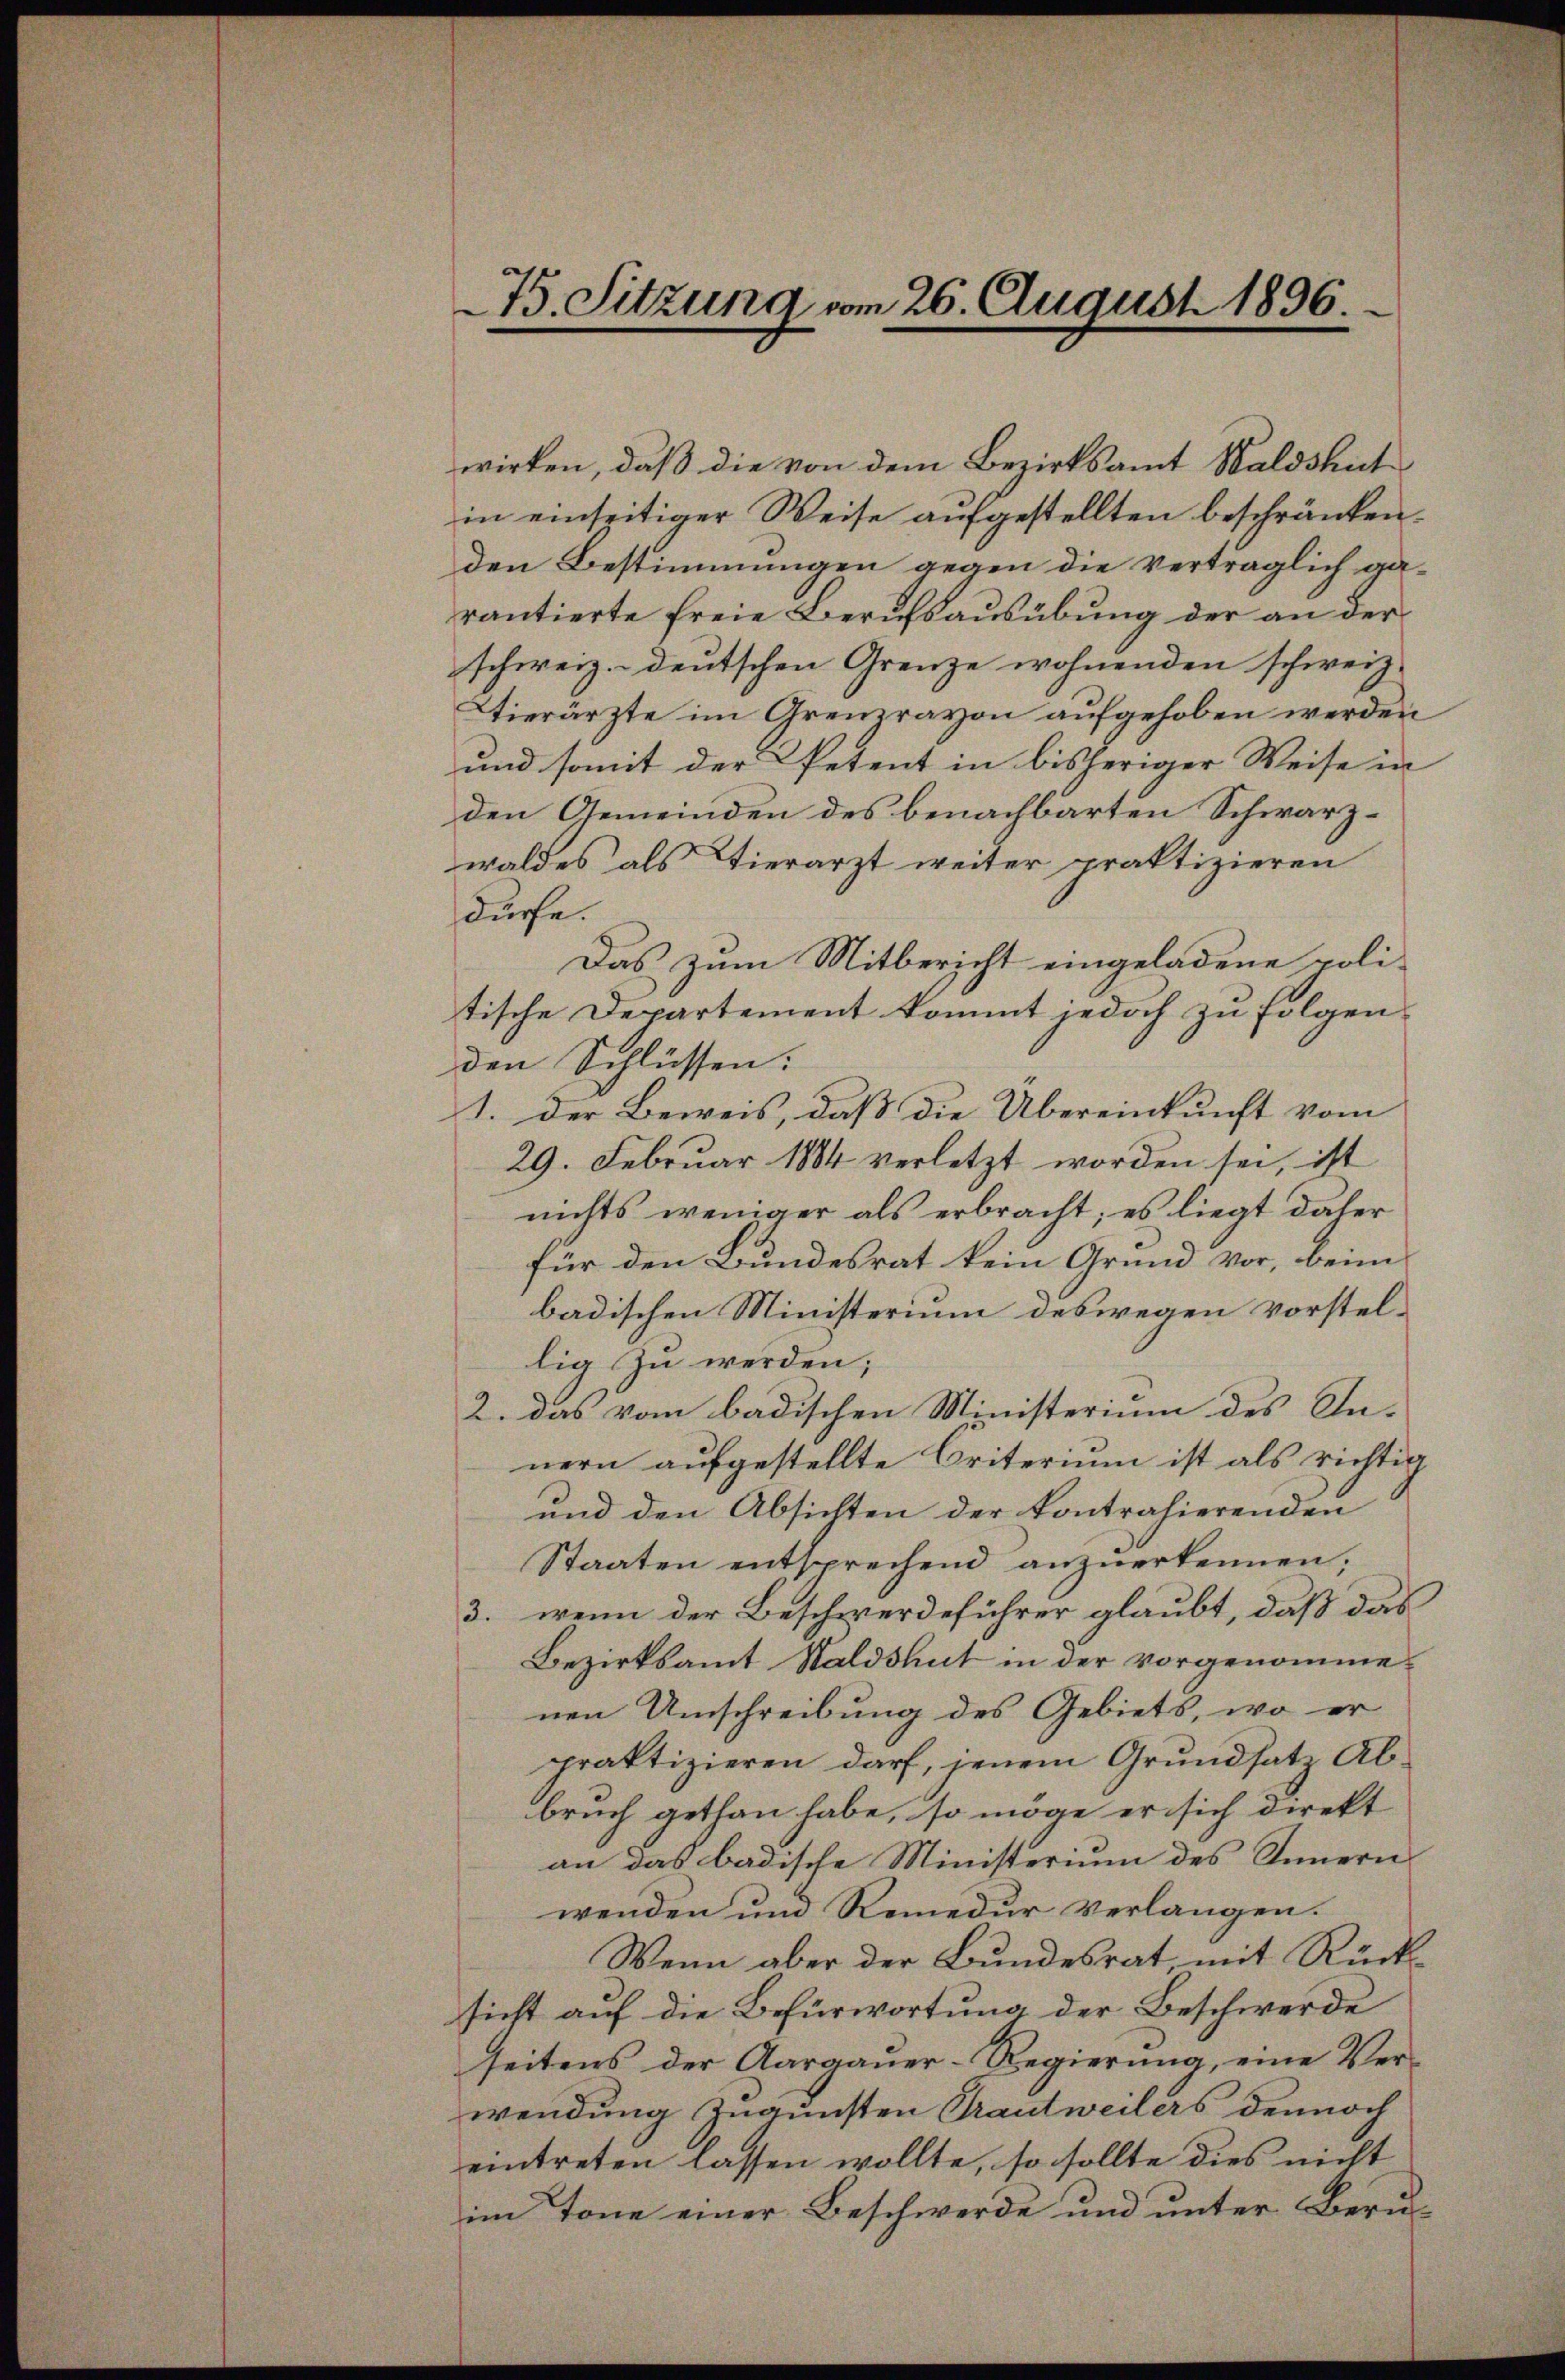
75. Sitzung vom 26. August 1896.

wirken, daß die von dem Bezirksamt Waldshut
in einseitiger Weise aufgestellten beschränken.
den Bestimmungen gegen die Verträglich garantierte freie Berufsausübung der an der
schweiz. deutschen Grenze wohnenden schweiz.
Wierärzte im Grenzravon aufgehoben werden
und somit der Petent in bisheriger Weise in
den Gemeinden des benachbarten Schwarzwaldes als Tierarzt weiter praktizieren
Kuche.
Das zum Mitbericht eingeladene poli-
tische Departement kommt jedoch zu folgen
den Schlüssen:
1. Der Beweis, daß die Übereinkunft vom
29. Februar 1884 verletzt worden sei, ist
nichts weniger als erbracht; es liegt daher
für den Bundesrat kein Grund vor, beim
badischen Ministerium deswegen vorstellig zu werden;
2. das vom badischen Ministerium des In-
nern aufgestellte Criterium ist als richtig
und den Absichten der kontrahierenden
Staaten entsprechend anzŭerkennen,
3. wenn der Beschwerdeführer glaubt, daß das
Bezirksamt Waldshut in der vorgenommenen Umschreibung des Gebiets, wo er
praktizieren darf, jenem Grundsatz Abbruch gethan habe, so möge er sich direkt
an das badische Ministerium des Innern
wenden um Remedur verlangen.
Wenn aber der Bundesrat, mit Rücksicht auf die Befürwortung der Beschwerde
seitens der Aargauer-Regierung, eine Ver-
wendung zugunsten Trautweilers dennoch
eintreten lassen wollte, so sollte dies nicht
im Tone einer Beschwerde und unter Beru¬